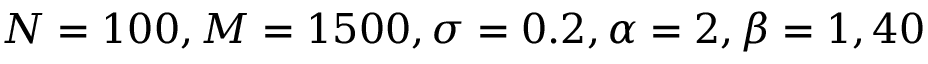
N = 1 0 0 , M = 1 5 0 0 , \sigma = 0 . 2 , \alpha = 2 , \beta = 1 , 4 0